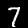
Label: 7